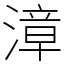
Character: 漳